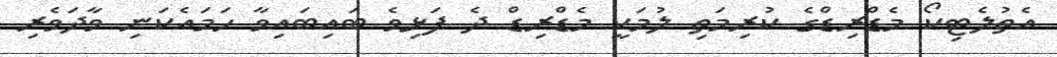
އެތުލެޓިކޯ މެޑްރިޑްގެ ކުރިމަތި ލުމަކީ މެޑްރިޑް ދެ ފަޅިވެ ބައިބައިވާ ހަމައެކަނި ވާދަވެރި